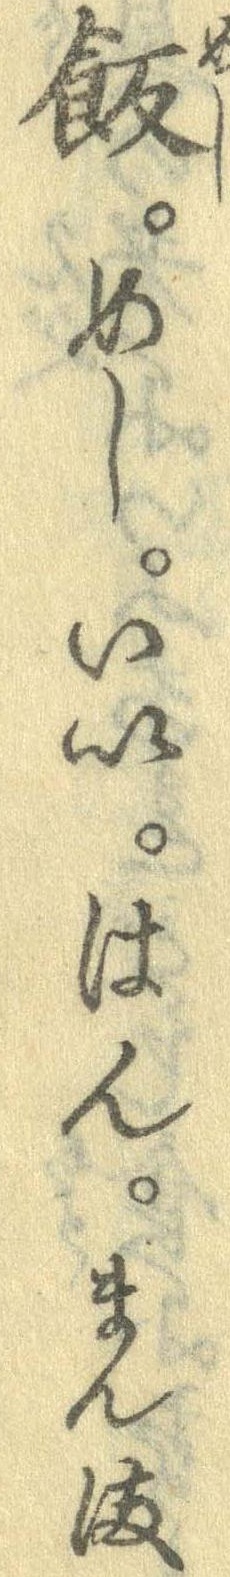
飯めしいいはんまんま